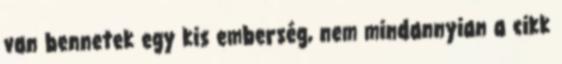
van bennetek egy kis emberség, nem mindannyian a cikk